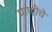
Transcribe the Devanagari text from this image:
पाणीचे